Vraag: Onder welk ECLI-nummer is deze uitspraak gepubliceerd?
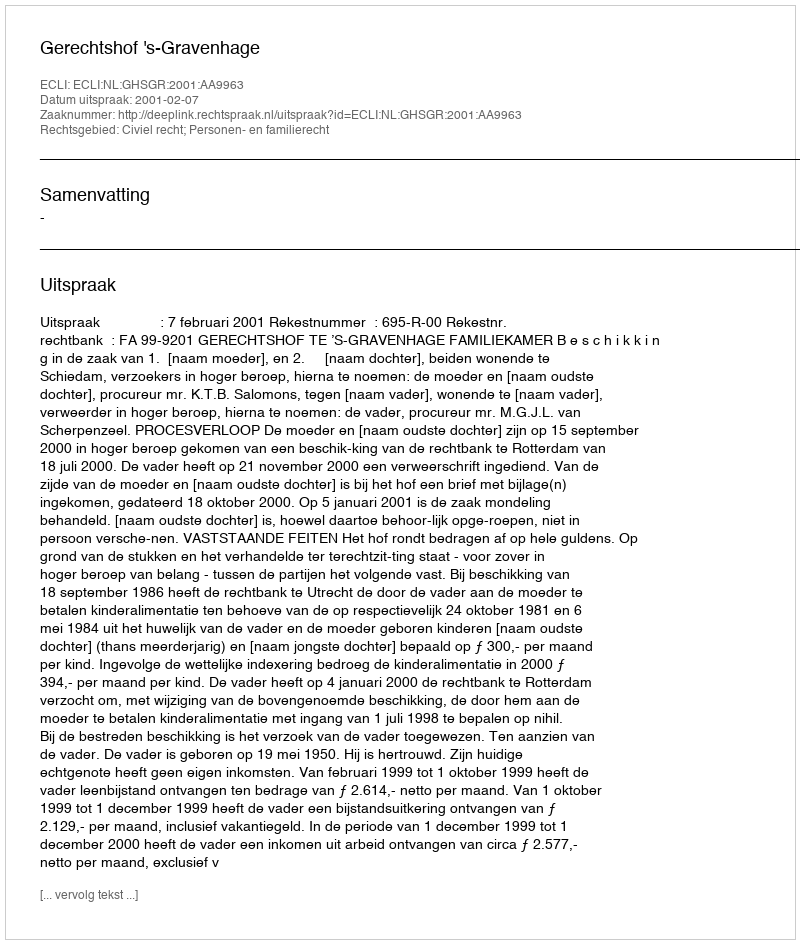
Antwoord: ECLI:NL:GHSGR:2001:AA9963